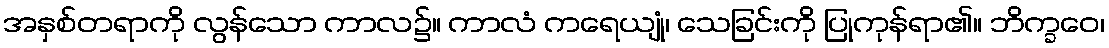
အနှစ်တရာကို လွန်သော ကာလ၌။ ကာလံ ကရေယျုံ၊ သေခြင်းကို ပြုကုန်ရာ၏။ ဘိက္ခဝေ၊